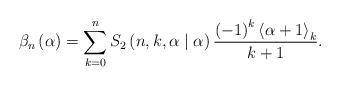
LaTeX: \begin{align*}\beta_{n}\left( \alpha\right) =\sum_{k=0}^{n}S_{2}\left( n,k,\alpha\mid\alpha\right) \frac{\left( -1\right) ^{k}\left\langle \alpha+1\right\rangle _{k}}{k+1}. \end{align*}